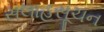
સલાહસૂચન